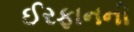
ઈરફાનની